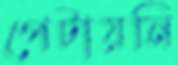
পেটায়নি